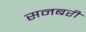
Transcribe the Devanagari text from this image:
सनबरी